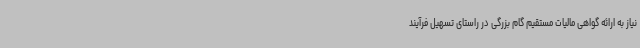
نیاز به ارائه گواهی مالیات مستقیم گام بزرگی در راستای تسهیل فرآیند